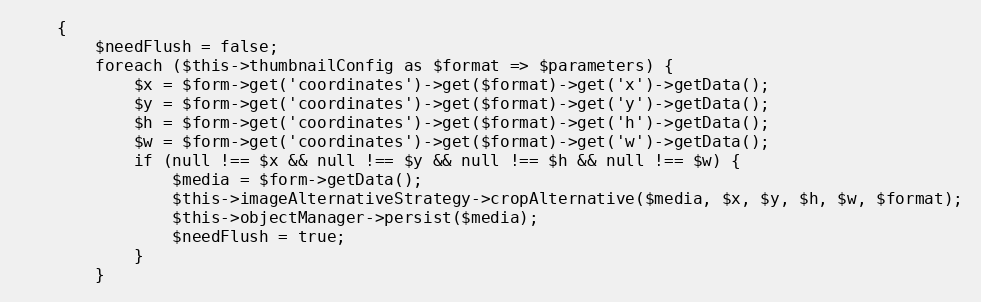
Language: PHP
    {
        $needFlush = false;
        foreach ($this->thumbnailConfig as $format => $parameters) {
            $x = $form->get('coordinates')->get($format)->get('x')->getData();
            $y = $form->get('coordinates')->get($format)->get('y')->getData();
            $h = $form->get('coordinates')->get($format)->get('h')->getData();
            $w = $form->get('coordinates')->get($format)->get('w')->getData();
            if (null !== $x && null !== $y && null !== $h && null !== $w) {
                $media = $form->getData();
                $this->imageAlternativeStrategy->cropAlternative($media, $x, $y, $h, $w, $format);
                $this->objectManager->persist($media);
                $needFlush = true;
            }
        }